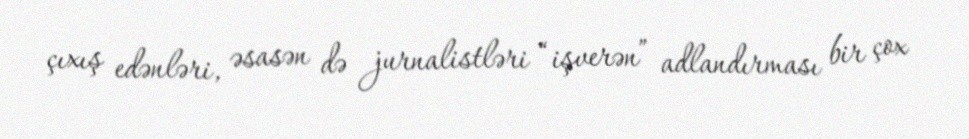
çıxış edənləri, əsasən də jurnalistləri “işverən” adlandırması bir çox